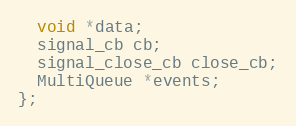
Language: C
  void *data;
  signal_cb cb;
  signal_close_cb close_cb;
  MultiQueue *events;
};